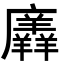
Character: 𭚎